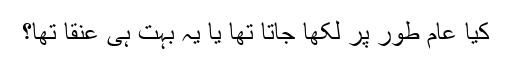
کیا عام طور پر لکھا جاتا تھا یا یہ بہت ہی عنقا تھا؟